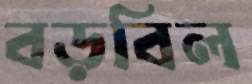
বড়বিল